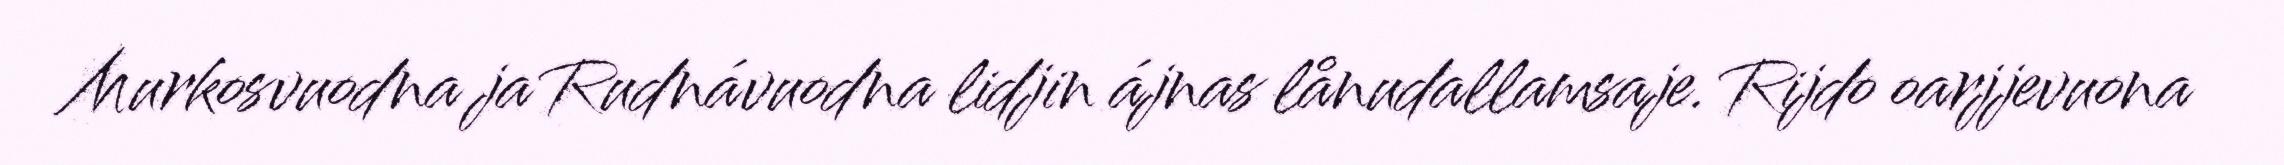
Murkosvuodna ja Rudnávuodna lidjin ájnas lånudallamsaje. Rijdo oarjjevuona